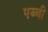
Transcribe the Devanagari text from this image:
पब्बी